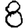
Digit: 8